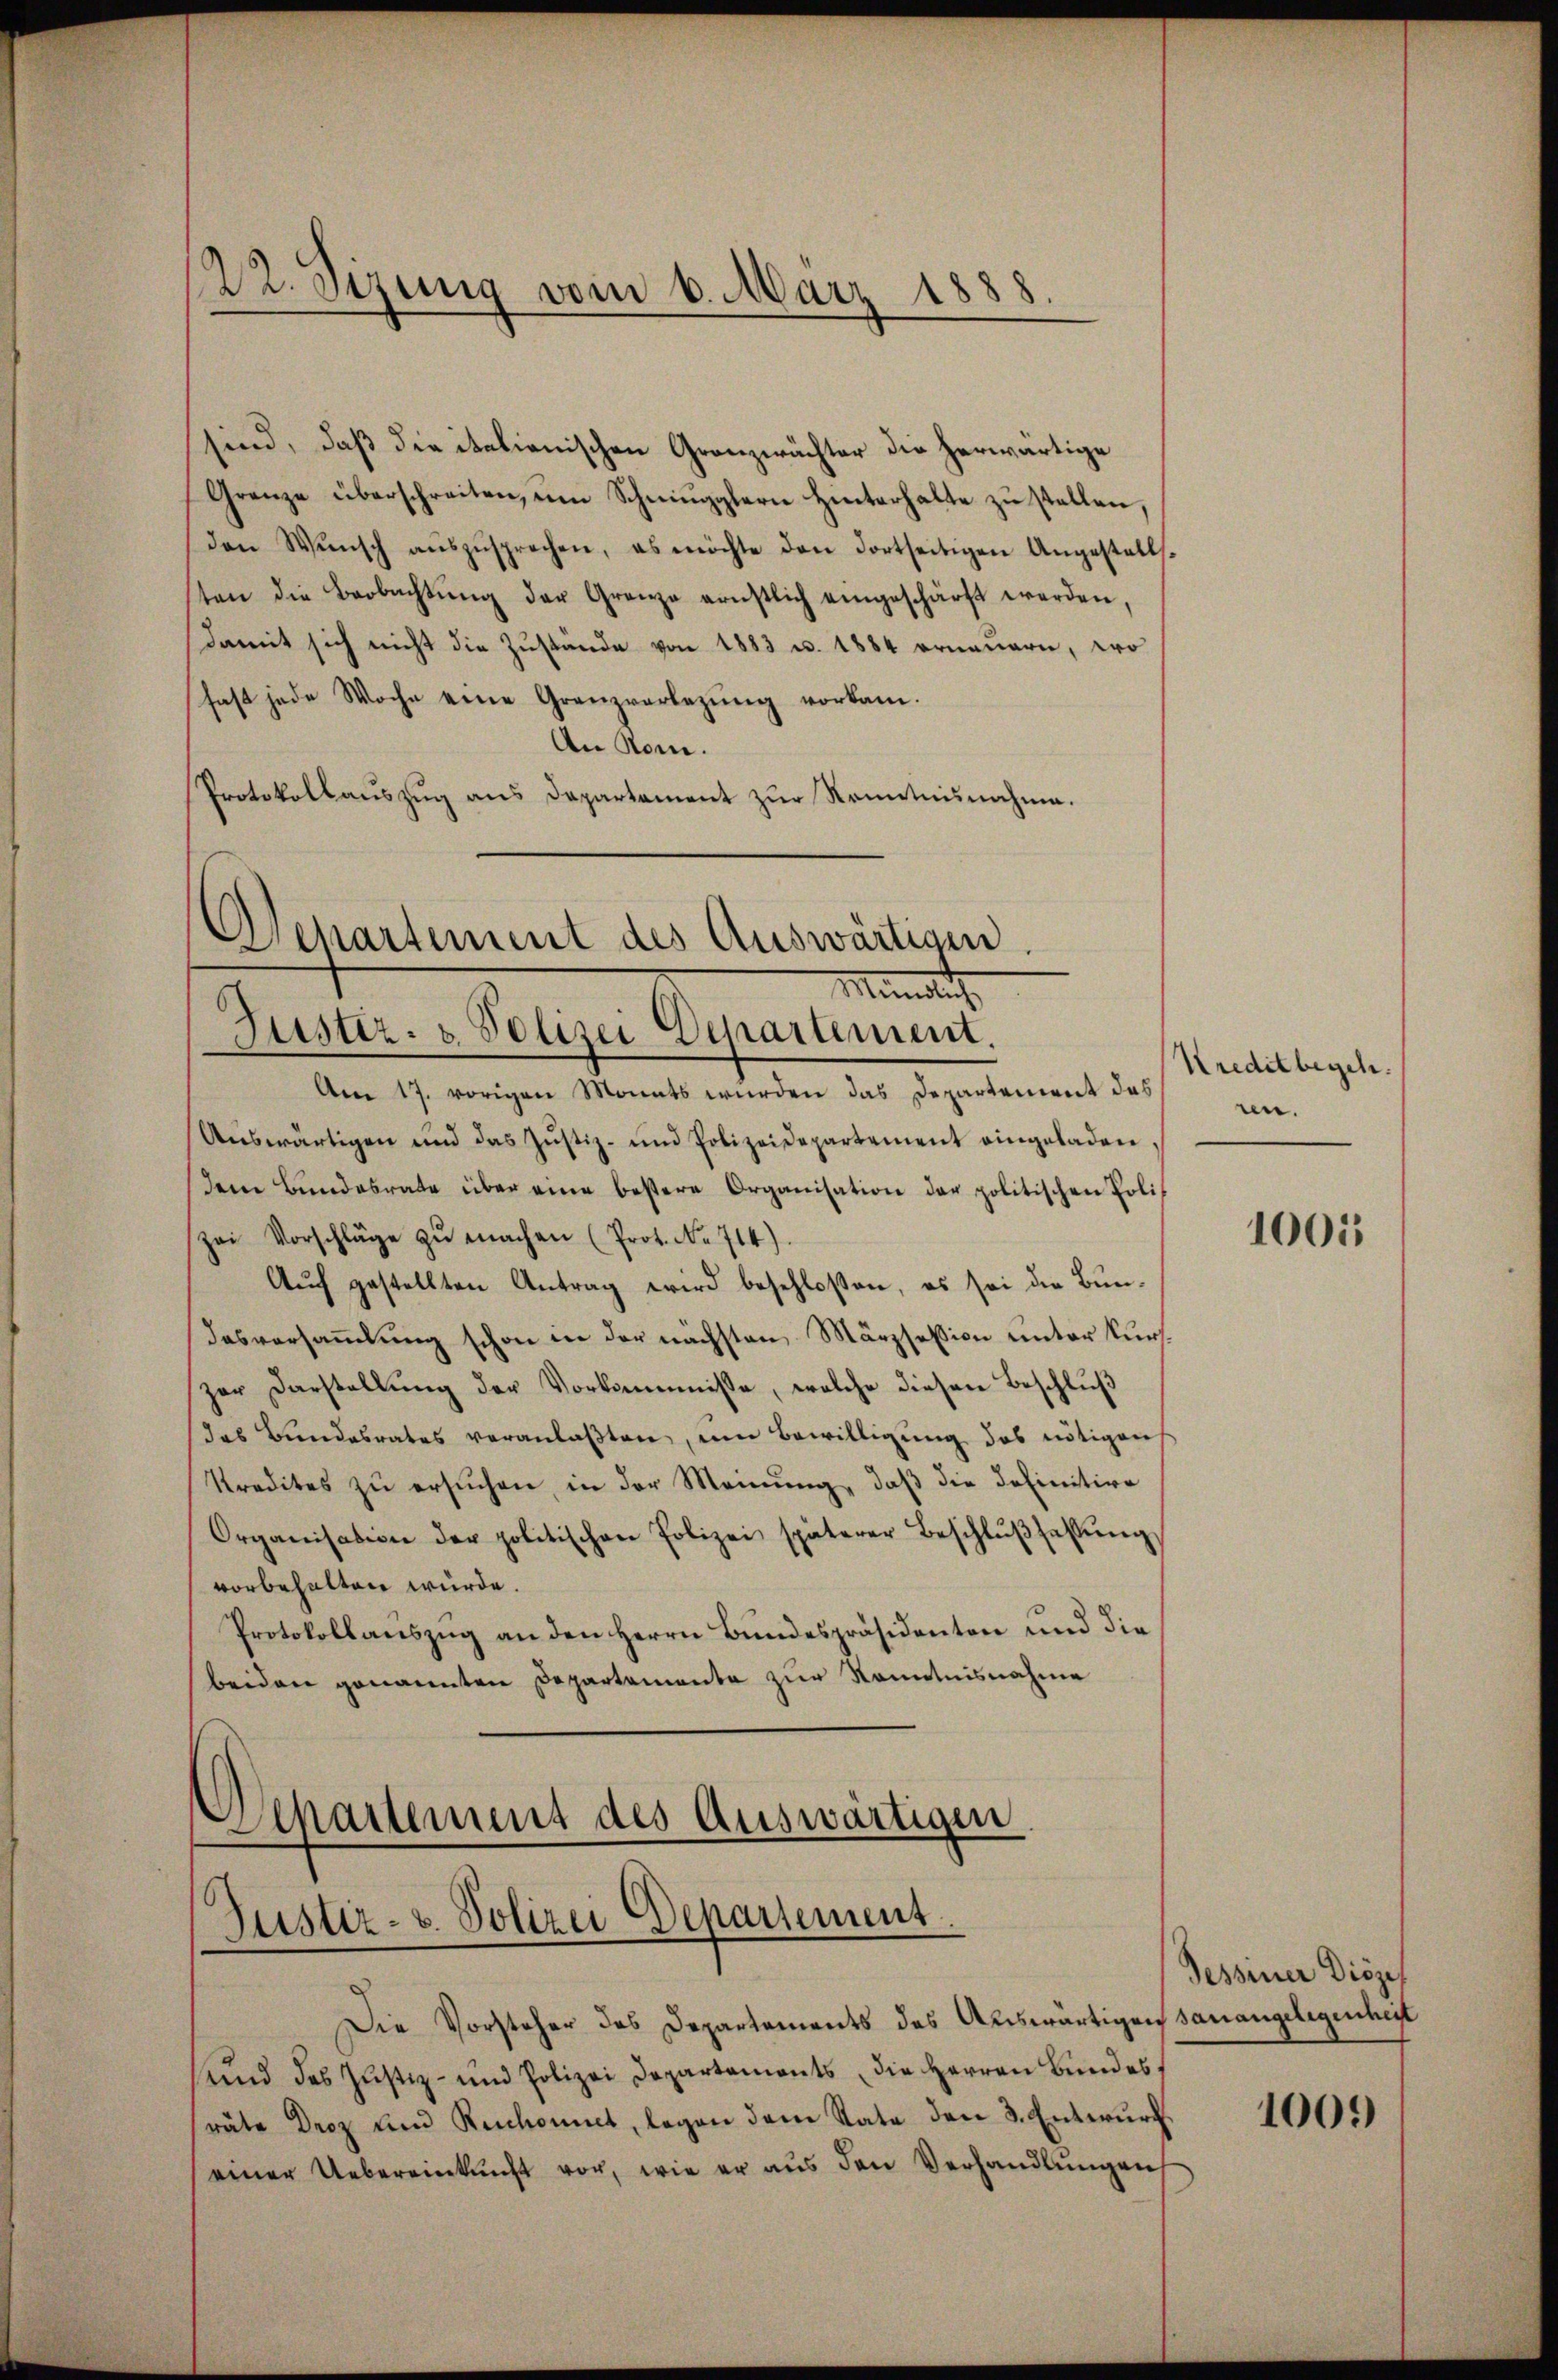
sind, daß die italienischen Granzwächter die herwärtige
Grenze überschreiten, um Schmugglern Hinterhalte zu stellen,
den Wŭnsch aŭszŭsprechen, es möchte den dortseitigen Angestellt.
ten die Beobachtŭng der Grenze ernstlich eingeschärft werden,
damit sich nicht die Zustande von 1883 u. 1884 erneuern, wo
hast jede Woche eine Grenzvorlegŭng vorkam.
An Rom.
Protokollauszug aus Departement zur Kenntnisnahme.

22. Sizung vom 6. März 1888.

Departement des Auswärtigen.
Ministet,
Justiz- & Polizei Departement.

Am 17. vorigen Monats wurden das Departement das
Aŭswärtigen und das Jŭstiz- und Polizeidepartement eingeladen,
dem Bundesrate über eine bestere Organisation der politischen Polizei Vorschläge zŭ machen (Prot. No 714)
Aŭch gestellten Antrag wird beschloßen, es sei die Bundesversammlung schon in der nächsten Märzsession unter kurt
zer Darstellung der Vorkommisse, welche diesen Beschluß
das Bundesrates veranlaβten, um Bewilligung das nötigens
Stredites zŭ ersŭchen, in der Meinŭng, daβ die definitive
Organisation der politischen Polizei späterer Beschlŭβ fassŭng
vorbehalten würde.
Protokollauszug an den Herrn Bundespräsidenten und die
beiden genannten Departementa zur Kenntnisnahme

Departement des Auswärtigen
Justiz- u. Polizei Departement
Die Vorsteher des Departements des Auswärtigen sanangelegenheit

Kreditbegeh
nn.

und des Justiz- und Polizei Departaments, die Herren Bundes
räte Droz und Ruchont, legen dem Rate den 3. Entwurf
einer Uebereinkunft vor, wie er aŭs den Verhandlŭngen

1001

Sessiner Diözes
1009